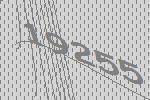
19255